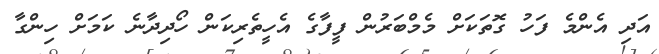
އަދި އެންމެ ފަހު ގޮތަކަށް މެމްބަރުން ފީފާގެ އެހީތެރިކަން ހޯދިދާނެ ކަމަށް ހިންގާ